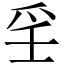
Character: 㸒